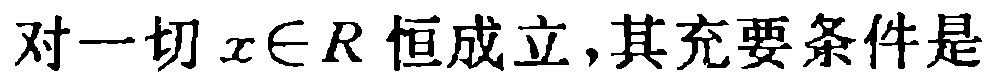
对一切\(x\in R\)恒成立,其充要条件是